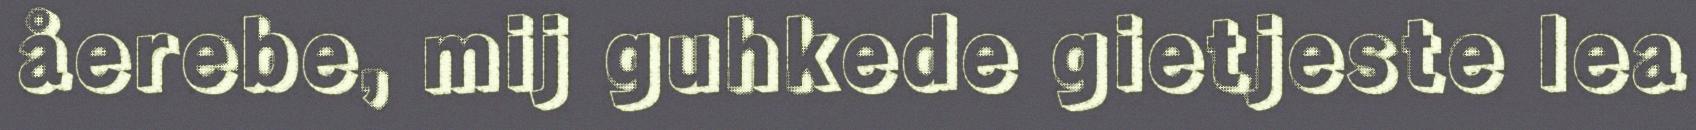
åerebe, mij guhkede gietjeste lea